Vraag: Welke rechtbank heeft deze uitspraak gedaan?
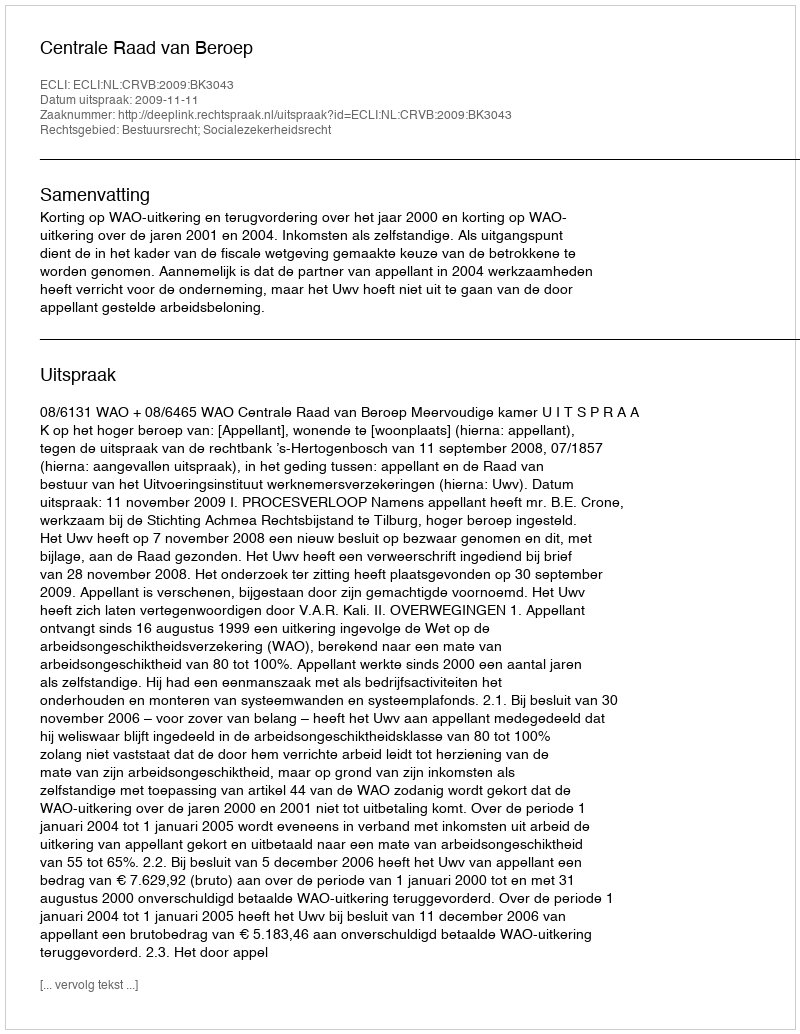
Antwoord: Centrale Raad van Beroep